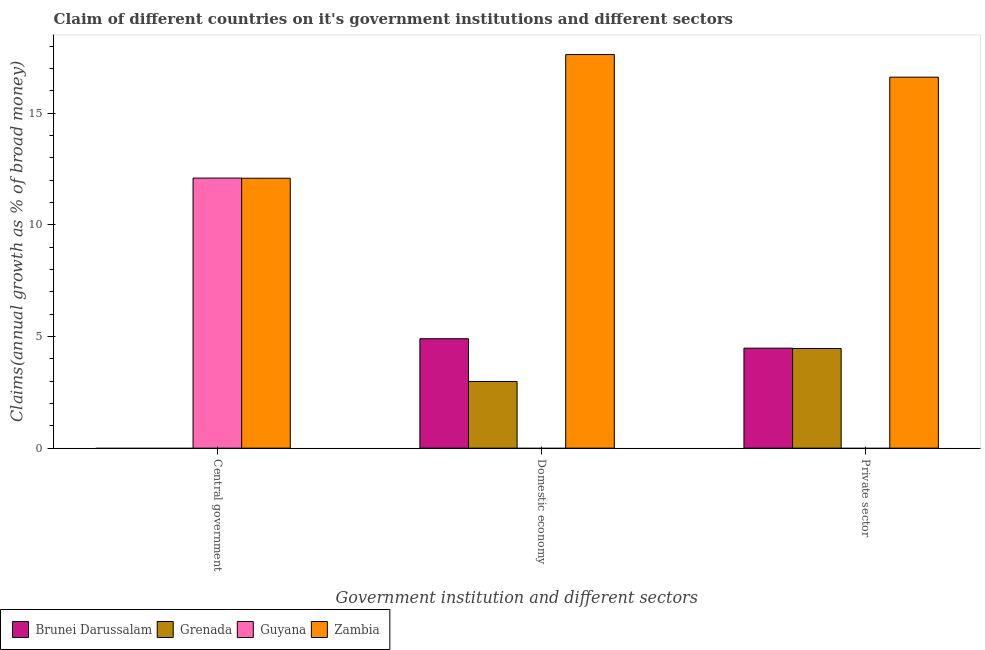
| Government institution and different sectors | Brunei Darussalam | Grenada | Guyana | Zambia |
 | --- | --- | --- | --- | --- |
 | Central government | -12.5 | -3.97 | 12.1 | 12.1 |
 | Domestic economy | 4.9 | 2.99 | -0.569 | 17.6 |
 | Private sector | 4.48 | 4.46 | -0.666 | 16.6 |